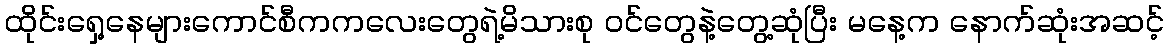
ထိုင်းရှေ့နေများကောင်စီကကလေးတွေရဲ့မိသားစု ဝင်တွေနဲ့တွေ့ဆုံပြီး မနေ့က နောက်ဆုံးအဆင့်